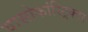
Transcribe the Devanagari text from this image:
वासोकांस्ट्रिक्टर